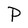
Character: P